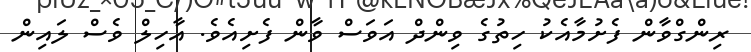
ރިންގްވާން ފެށުމާއެކު ހިތުގެ ވިންދް އަވަސް ވާން ފެށިއެވެ. އާހިލް ވެސް ލައިން